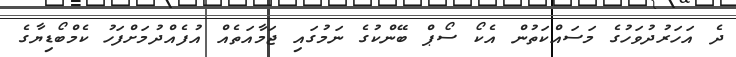
ދެ އަހަރުދުވަހުގެ މަސައްކަތުން އެކޯ ސޯޕް ބޭންކުގެ ނަމުގައި ޖަމާއަތެއް އުފެއްދުމަށްފަހު ކެމްބޯޑިޔާގެ